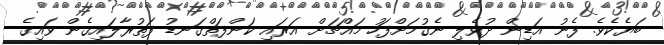
ބަޔެކެވެ. ފެނު އަޑިން ދުވެލި ނެގުމަށްފަހު މައްޗަށް އަރައި ކަންފަތްގަނޑު ފަތުރާލައިގެން ވައިގެ